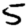
Digit: 5